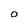
Character: O